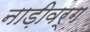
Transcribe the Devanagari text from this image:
नाड़ीवर्ग